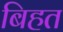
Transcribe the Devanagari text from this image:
बिहत